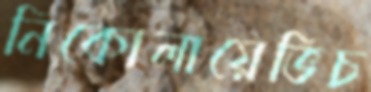
নিকোলায়েভিচ